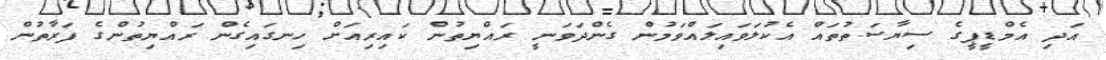
އަދި އެމްޑީޕީގެ ސިޔާސަތުތައް އެކުލަވައިލައްވަމުން ގެންދަވަނީ ރައްޔިތުން ކައިރިއަށް ހިނގައިގެން ރައްޔިތުންގެ ފަރާތުން